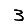
Digit: 3